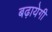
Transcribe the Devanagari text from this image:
बढ़ायेगी